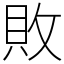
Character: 敗